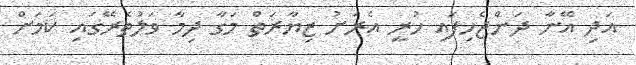
އަދި އޭނާ ދަންޖެހިފައި ހުރީ އެރަށު ޒިޔާރަތް މަގާ ދިމާ ވަލުތެރޭގައި ކަމަށް